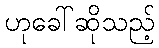
ဟုခေါ်ဆိုသည့်